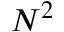
N ^ { 2 }